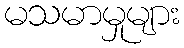
မသမာမှုများ